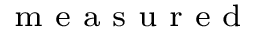
_ \textrm { m e a s u r e d }